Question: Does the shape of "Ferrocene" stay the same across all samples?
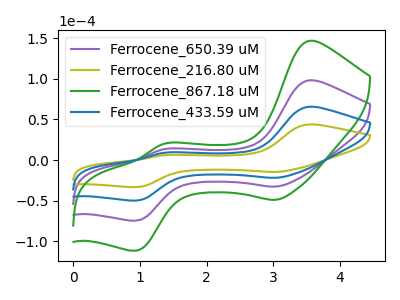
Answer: <think>The purple curve "Ferrocene_650.39 uM" has anodic peaks at (3.55V, 131.20uA) (1.35V, 17.75uA) and cathodic peaks at (3.05V, -43.70uA) (0.95V, -99.65uA). The olive curve "Ferrocene_216.80 uM" has anodic peaks at (3.55V, 43.90uA) (1.35V, 5.95uA) and cathodic peaks at (3.05V, -14.60uA) (0.95V, -33.30uA). The green curve "Ferrocene_867.18 uM" has anodic peaks at (3.55V, 196.80uA) (1.35V, 26.60uA) and cathodic peaks at (3.05V, -65.55uA) (0.95V, -149.45uA). The blue curve "Ferrocene_433.59 uM" has anodic peaks at (3.55V, 65.60uA) (1.35V, 8.85uA) and cathodic peaks at (3.05V, -21.85uA) (0.95V, -49.80uA).
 All the peaks in "Ferrocene_650.39 uM" have a peak in "Ferrocene_216.80 uM" at the same potential. Every peak in "Ferrocene_650.39 uM" is higher than every peak in "Ferrocene_216.80 uM". All the peaks in "Ferrocene_650.39 uM" have a peak in "Ferrocene_867.18 uM" at the same potential. Every peak in "Ferrocene_650.39 uM" is lower than every peak in "Ferrocene_867.18 uM". All the peaks in "Ferrocene_650.39 uM" have a peak in "Ferrocene_433.59 uM" at the same potential. Every peak in "Ferrocene_650.39 uM" is higher than every peak in "Ferrocene_433.59 uM". All the peaks in "Ferrocene_216.80 uM" have a peak in "Ferrocene_867.18 uM" at the same potential. Every peak in "Ferrocene_216.80 uM" is lower than every peak in "Ferrocene_867.18 uM". All the peaks in "Ferrocene_216.80 uM" have a peak in "Ferrocene_433.59 uM" at the same potential. Every peak in "Ferrocene_216.80 uM" is lower than every peak in "Ferrocene_433.59 uM". All the peaks in "Ferrocene_867.18 uM" have a peak in "Ferrocene_433.59 uM" at the same potential. Every peak in "Ferrocene_867.18 uM" is higher than every peak in "Ferrocene_433.59 uM".</think>
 <answer>All the CV's of "Ferrocene" have similar shape.</answer>
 <eval>follow_rule</eval>